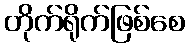
တိုက်ရိုက်ဖြစ်စေ